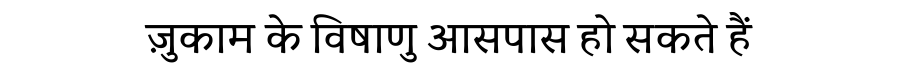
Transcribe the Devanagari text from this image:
ज़ुकाम के विषाणु आसपास हो सकते हैं